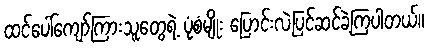
ထင်ပေါ်ကျော်ကြားသူတွေရဲ့ ပုံစံမျိုး ပြောင်းလဲပြင်ဆင်ခဲ့ကြပါတယ်။